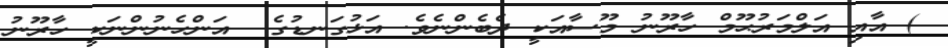
) އާއި އަލްމަރުޙޫމް ހާރޫނު މޫސާއަކީ ދެބެންނެވެ. އަޅުގަނޑުގެ  އަންހެނުންނަކީ ހާރޫނު